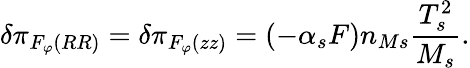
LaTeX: \delta\pi_{F_{\varphi}\left(RR\right)}=\delta\pi_{F_{\varphi}\left(zz\right)}=\left(-\alpha_{s}F\right)n_{Ms}\frac{T_{s}^{2}}{M_{s}}.